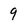
Character: 9